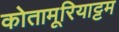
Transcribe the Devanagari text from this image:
कोतामूरियाट्टम